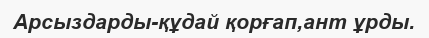
Арсыздарды-құдай қорғап,ант ұрды.